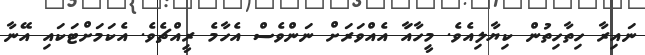
ނައިރާ ހިތާހިތުން ކިޔާލިއެވެ. މީހާއަާ އެއްވަރަށް ނަންވެސް އެހާމެ ރީއްޗެވެ. އެކަމަށްޓަކައި އޭނާ